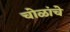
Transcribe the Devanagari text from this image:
चोळांचे